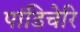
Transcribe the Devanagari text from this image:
पांडिचेरि